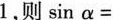
1，则$$\sin \alpha =$$